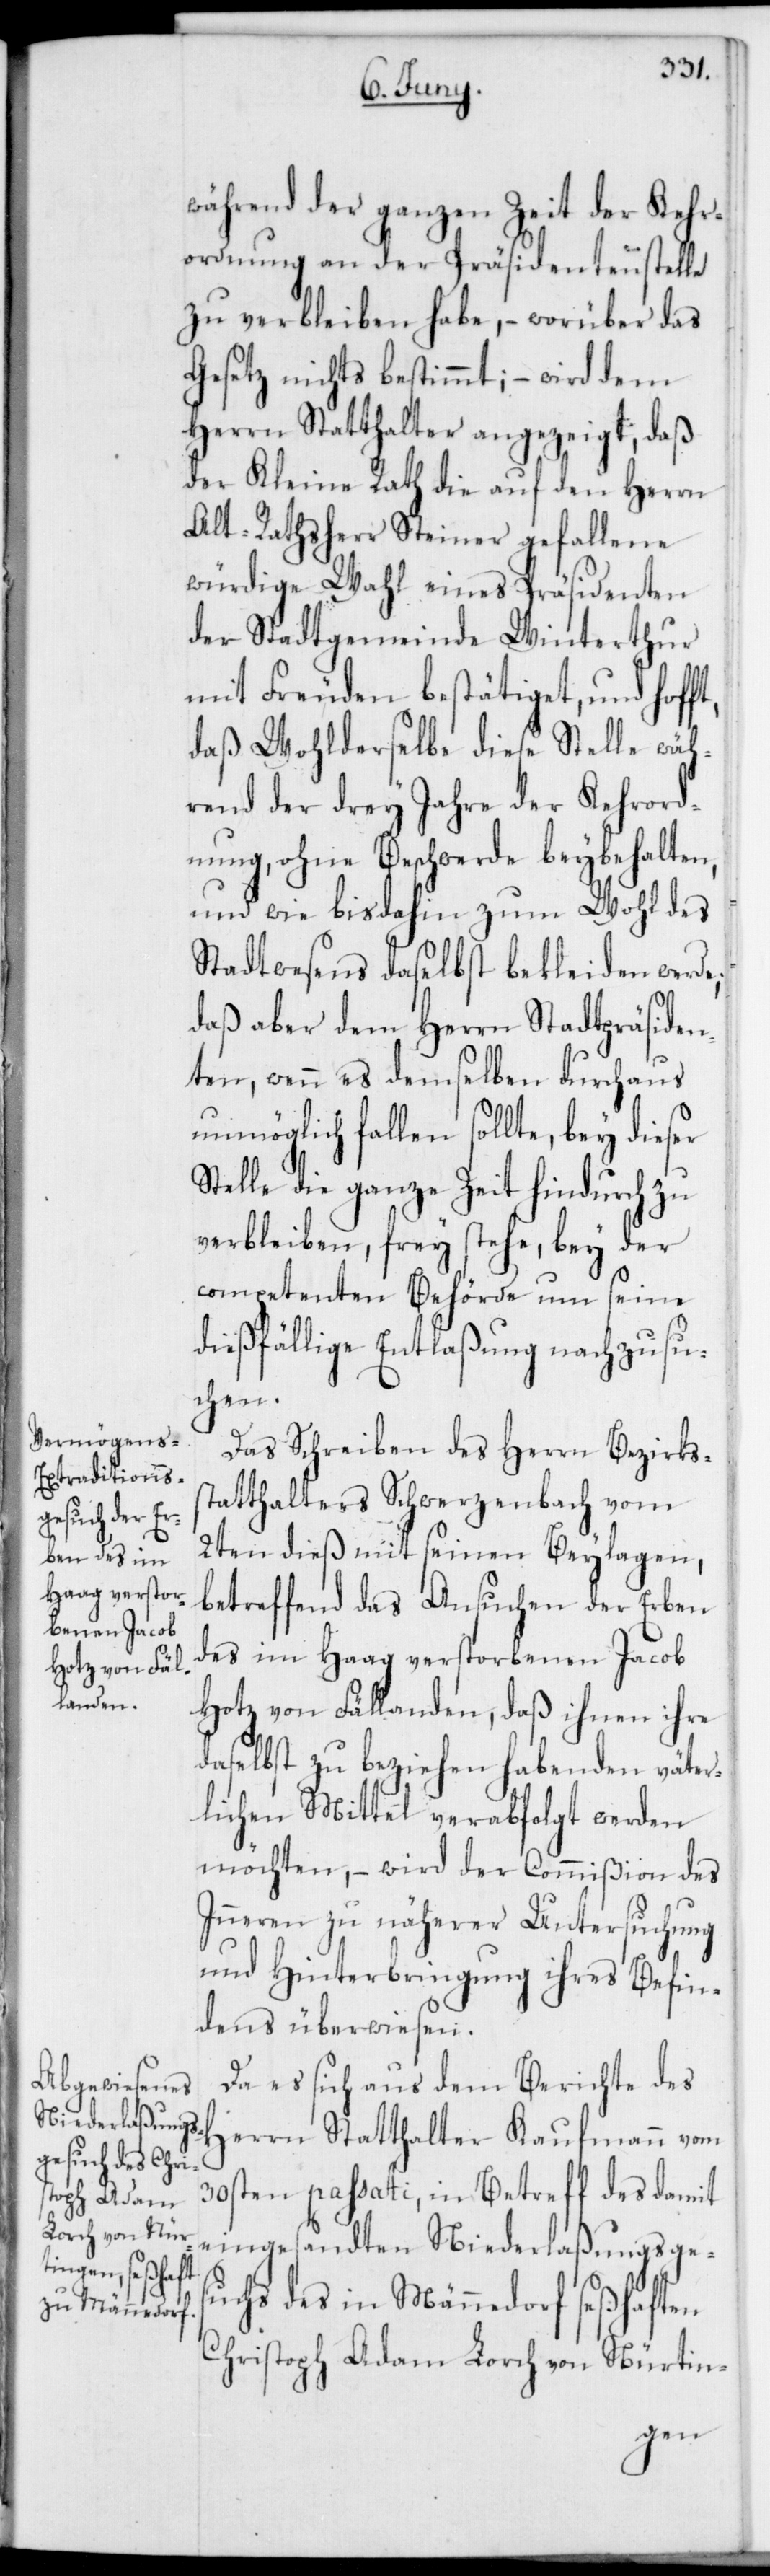
während der ganzen Zeit der Kehr¬
ordnung an der Präsidentenstelle
zu verbleiben habe, – worüber das
Gesetz nichts bestimmt; – wird dem
Herrn Statthalter angezeigt, daß
der Kleine Rath die auf den Herrn
Alt-Rathsherr Steiner gefallene
würdige Wahl eines Präsidenten
der Stadtgemeinde Winterthur
mit Freuden bestätiget, und hof¬
daß Wohlderselbe diese Stelle wäh¬
rend der drey Jahre der Kehrord¬
nung, ohne Beschwerde beybehalten,
und wie bisdahin zum Wohl des
Stadtwesens daselbst bekleiden werde;
daß aber dem Herrn Stadtpräsiden¬
ten, wenn es demselben durchaus
unmöglich fallen sollte, bey dieser
Stelle die ganze Zeit hindurch zu
verbleiben, frey stehe, bey der
competenten Behörde um seine
dießfällige Entlaßung nachzusu¬
chen.
Das Schreiben des Herrn Bezirkss¬
tatthalters Schwerzenbach vom
2ten dieß mit seinen Beylagen,
betreffend das Ansuchen der Erben
des im Haag verstorbenen Jacob
Hotz von Fällanden, daß ihnen ihre
daselbst zu beziehen habenden väter¬
lichen Mittel verabfolgt werden
möchten, – wird der Commißion des
Inneren zu näherer Untersuchung
und Hinterbringung ihres Befin¬
dens überwiesen.
Da es sich aus dem Berichte des
30sten passati, in Betreff des damit
eingesandten Niederlaßungsges¬
uchs des in Männedorf seßhaften
Christoph Adam Lorch von Nürtin-
ft,